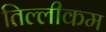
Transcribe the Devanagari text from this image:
तिल्लीकम